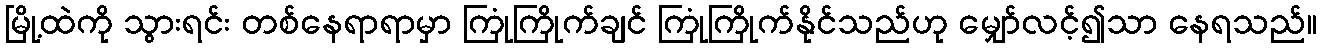
မြို့ထဲကို သွားရင်း တစ်နေရာရာမှာ ကြုံကြိုက်ချင် ကြုံကြိုက်နိုင်သည်ဟု မျှော်လင့်၍သာ နေရသည်။